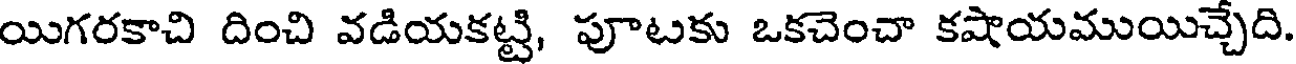
యిగరకాచి దించి వడియకట్టి, పూటకు ఒకచెంచా కషాయముయిచ్చేది